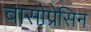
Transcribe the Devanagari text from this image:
वासोप्रेसिन